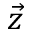
\vec { z }